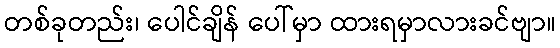
တစ်ခုတည်း၊ ပေါင်ချိန် ပေါ်မှာ ထားရမှာလားခင်ဗျာ။